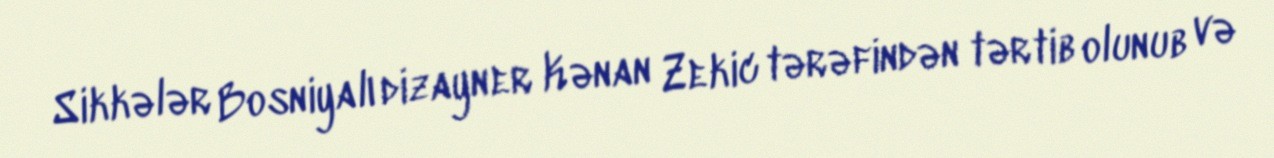
Sikkələr Bosniyalı dizayner Kənan Zekic tərəfindən tərtib olunub və